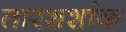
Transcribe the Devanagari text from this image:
तारशशांक